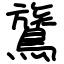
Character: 鷟